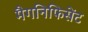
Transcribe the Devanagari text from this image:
मैगनिफिसेंट